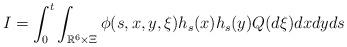
LaTeX: \begin{align*}I &= \int_0^t \int_{\mathbb{R}^6 \times \Xi} \phi(s, x, y, \xi) h_s(x) h_s(y) Q(d\xi)dxdyds\end{align*}